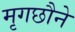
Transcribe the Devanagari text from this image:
मृगछौने